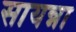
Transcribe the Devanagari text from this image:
सायन्ना